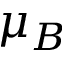
\mu _ { B }